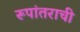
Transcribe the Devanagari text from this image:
रूपांतराची